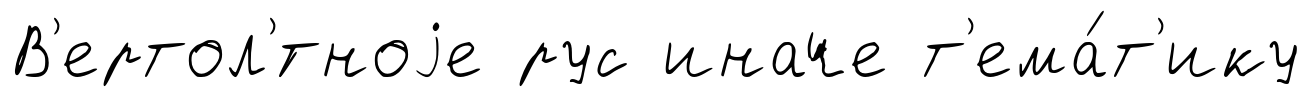
В'ертол'́тноjе рус иначе т'ема́т'ику